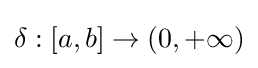
\delta :[a,b]\to (0,+\infty )